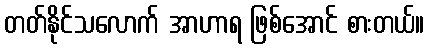
တတ်နိုင်သလောက် အာဟာရ ဖြစ်အောင် စားတယ်။